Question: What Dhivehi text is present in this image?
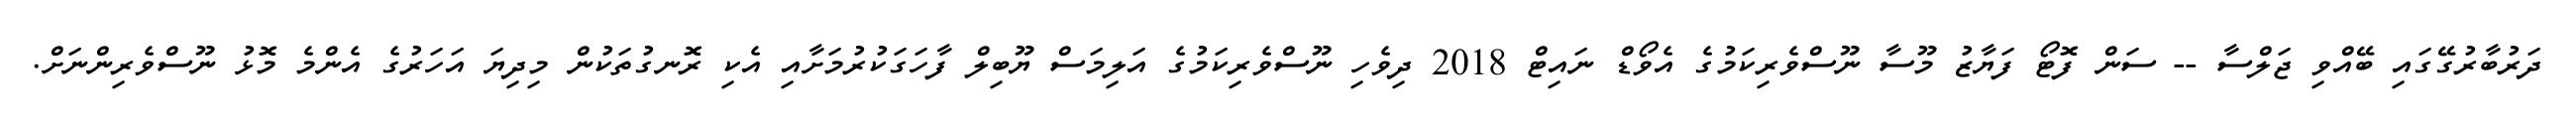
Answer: ދަރުބާރުގޭގައި ބޭއްވި ޖަލްސާ -- ސަން ފޮޓޯ ފަޔާޒު މޫސާ ނޫސްވެރިކަމުގެ އެވޯޑް ނައިޓް 2018 ދިވެހި ނޫސްވެރިކަމުގެ އަލިމަސް ޔޫބިލް ފާހަގަކުރުމަށާއި އެކި ރޮނގުތަކުން މިދިޔަ އަހަރުގެ އެންމެ މޮޅު ނޫސްވެރިންނަށް.